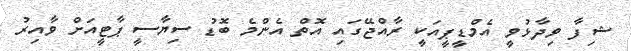
ޝިފާ ވިދާޅުވީ އެމްޑީޕީއަކީ ރާއްޖޭގައި އޮތް އެންމެ ބޮޑު ސިޔާސީ ޕާޓީއަށް ވާއިރު